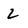
Character: 2